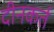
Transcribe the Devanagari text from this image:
दीनकर्त